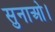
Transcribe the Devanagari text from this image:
सुनाओ।